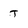
Character: T